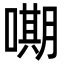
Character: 𭊫